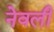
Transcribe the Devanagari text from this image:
नेवली